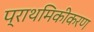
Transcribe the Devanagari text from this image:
प्राथमिकीकरण